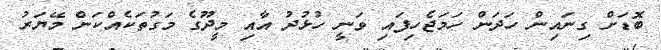
ބޮޑަށް ގިނައިން ހަދަން ހަމަޖެހިފައި ވަނީ ހުޅުދު އާއި މީދޫގެ މަގުތަކެއްކަން މޭޔަރު